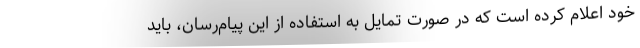
خود اعلام کرده است که در صورت تمایل به استفاده از این پیام‌رسان، باید